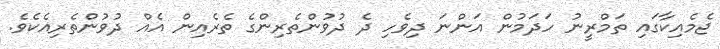
ޖެމެއިކާގައި ތަމްރީނު ހަދަމުން އަންނަ ދިވެހި ދެ ދުވުންތެރިންގެ ތެރެއިން އެއް ދުވުންތެރިއެކެވެ.